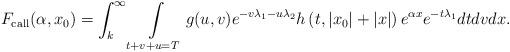
LaTeX: \begin{align*}F_{{\rm call}}(\alpha, x_0)&=\int _k^{\infty }\int\limits_{t+v+u=T} g(u, v)e^{-v \lambda _1-u \lambda _2}h\left(t,\left|x_0\right|+|x|\right)e^{\alpha x}e^{-t \lambda _1}dtdvdx.\end{align*}